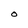
Character: O